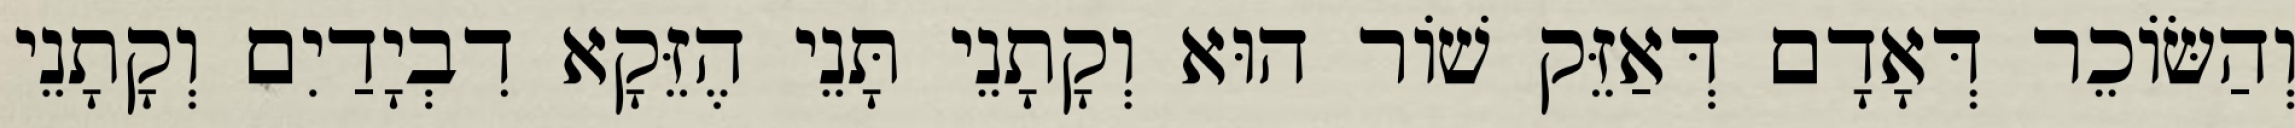
וְהַשּׂוֹכֵר דְּאָדָם דְּאַזֵּק שׁוֹר הוּא וְקָתָנֵי תָּנֵי הֶזֵּקָא דִבְיָדַיִם וְקָתָנֵי